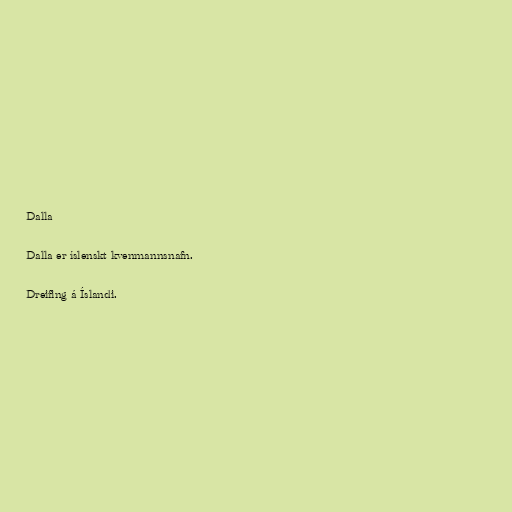
Dalla

Dalla er íslenskt kvenmannsnafn.

Dreifing á Íslandi.